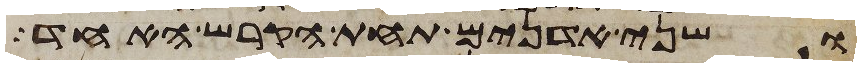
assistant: ושני אדנים תחת הקרש האחד